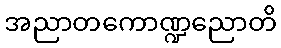
အညာတကောဏ္ဍညောတိ